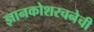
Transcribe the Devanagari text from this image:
ज्ञानकोशरचनेची